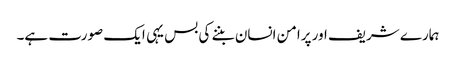
ہمارے شریف اور پرامن انسان بننے کی بس یہی ایک صورت ہے۔